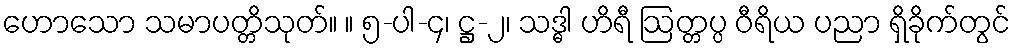
ဟောသော သမာပတ္တိသုတ်။ ။ ၅-ပါ-၄၊ ဋ္ဌ-၂၊ သဒ္ဓါ ဟိရီ ဩတ္တပ္ပ ဝီရိယ ပညာ ရှိခိုက်တွင်